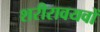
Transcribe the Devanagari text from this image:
शरीरावयवों